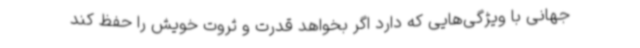
جهانی با ویژگی‌هایی که دارد اگر بخواهد قدرت و ثروت خویش را حفظ کند